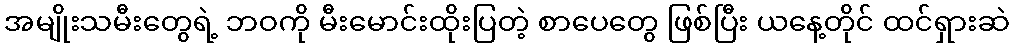
အမျိုးသမီးတွေရဲ့ ဘဝကို မီးမောင်းထိုးပြတဲ့ စာပေတွေ ဖြစ်ပြီး ယနေ့တိုင် ထင်ရှားဆဲ